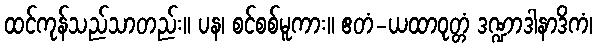
ထင်ကုန်သည်သာတည်း။ ပန၊ စင်စစ်မူကား။ ဧတံ-ယထာဝုတ္တံ ဒဏ္ဍာဒါနာဒိကံ၊